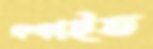
থম্‌কাইত